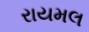
રાયમલ